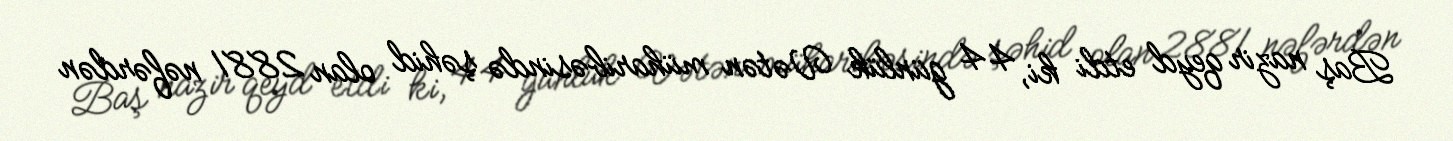
Baş nazir qeyd etdi ki, 44 günlük Vətən müharibəsində şəhid olan 2881 nəfərdən